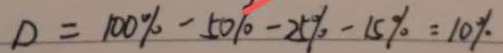
D = 1 0 0 \% - 5 0 \% - 2 5 \% - 1 5 \% = 1 0 \%